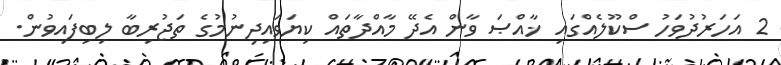
2 އަހަރުދުވަހު ސްކޫލެއްގައި ޚާއްޞަ ވާން އެދޭ މާއްދާތައް ކިޔަވައިދިނުމުގެ ތަޖުރިބާ ލިބިފައިވުން.